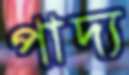
পাদ্য